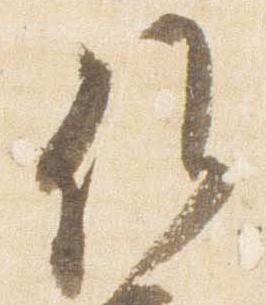
候